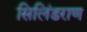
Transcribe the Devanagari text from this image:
सिलिंडराण